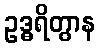
ဥဒ္ဓရိတွာန